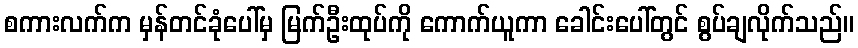
စကားလက်က မှန်တင်ခုံပေါ်မှ မြက်ဦးထုပ်ကို ကောက်ယူကာ ခေါင်းပေါ်တွင် စွပ်ချလိုက်သည်။